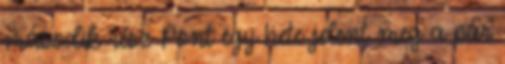
második rész Pont egy hete jelent meg a pár